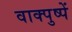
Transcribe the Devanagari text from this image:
वाक्पुष्पें